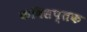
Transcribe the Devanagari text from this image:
कविसप्तक